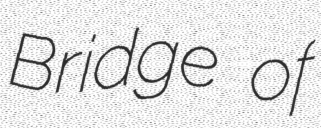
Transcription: Bridge of